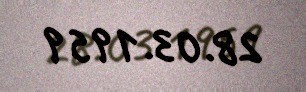
28.03.1959